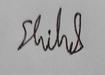
Signature authenticity: genuine